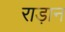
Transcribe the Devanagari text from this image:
राड़ान